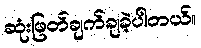
ဆုံးဖြတ်ချက်ချခဲ့ပါတယ်။